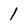
Character: 1